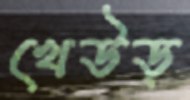
খেউড়